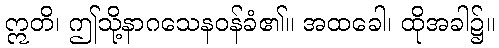
ဣတိ၊ ဤသို့နာဂသေနဝန်ခံ၏။ အထခေါ၊ ထိုအခါ၌။